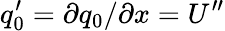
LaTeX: q_{0}^{\prime}=\partial q_{0}/\partial x=U^{\prime\prime}